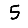
Digit: 5